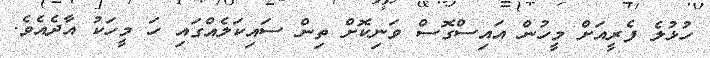
ހުޅުލެ ފެރީއަށް މީހުން އައިސްގޮސް ވަނިކޮށް ތިން ސައިކަލެއްގައި ހަ މީހަކު އާދެއެވެ.